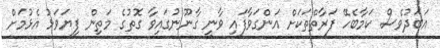
އަބަދުވެސް ކަމާބެހޭ ފަރާތްތަކަށް އަންގަވާފައި ވާނީ ގާނޫނުގައިވާ ގޮތުގެ މަތިން ފިޔަވަޅު އެޅުމަށް